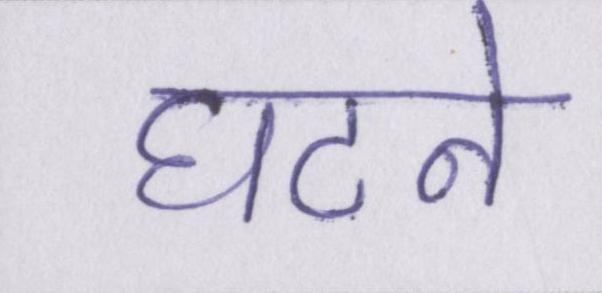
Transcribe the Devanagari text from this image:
घटने